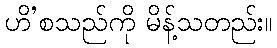
ဟိ’စသည်ကို မိန့်သတည်း။